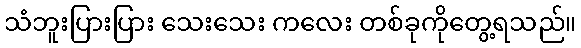
သံဘူးပြားပြား သေးသေး ကလေး တစ်ခုကိုတွေ့ရသည်။